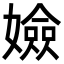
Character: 嬐